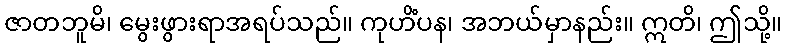
ဇာတဘူမိ၊ မွေးဖွားရာအရပ်သည်။ ကုဟိံပန၊ အဘယ်မှာနည်း။ ဣတိ၊ ဤသို့။